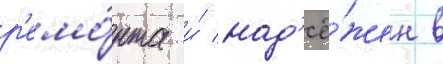
р'емо́нта и́ над'ё́жен в